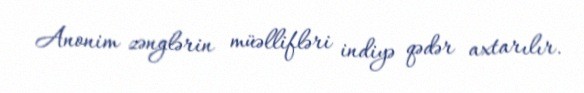
Anonim zənglərin müəllifləri indiyə qədər axtarılır.